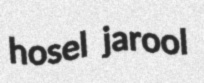
hosel jarool